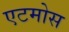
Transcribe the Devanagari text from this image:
एटमोस